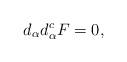
LaTeX: \begin{align*}d_{\alpha} d^{c}_{\alpha} F =0,\end{align*}